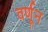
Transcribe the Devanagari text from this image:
वर्णून